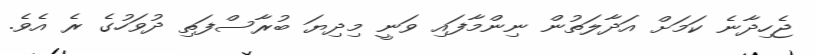
ޖެހިދާނެ ކަމަށް އަދާލަތުން ނިންމާފައި ވަނީ މިދިޔަ ބުރާސްފަތި ދުވަހުގެ ރެ އެވެ.